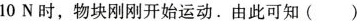
10N时，物块刚刚开始运动。由此可知()